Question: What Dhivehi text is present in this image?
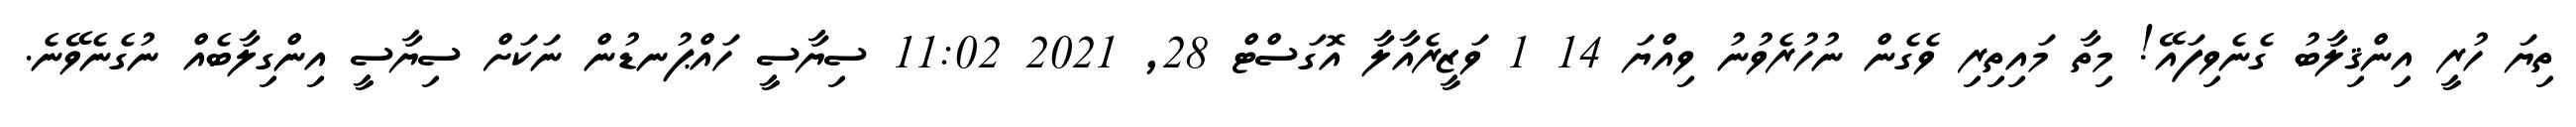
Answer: ތިޔަ ހުރީ އިންޤިލާބު ގެނެވިފައޭ! މިތާ މައިތިރި ވެގެން ނުހުރެވުނު ވިއްޔަ 14 1 ވަޒީރެއާލާ އޮގަސްޓް 28, 2021 11:02 ސިޔާސީ ހައްޕުނޑުން ނަކަށް ސިޔާސީ އިންގިލާބެއް ނުގެނެވޭނެ.